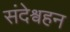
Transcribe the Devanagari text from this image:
संदेश्वहन